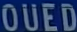
OUED